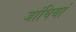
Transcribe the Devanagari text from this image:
जांघियां